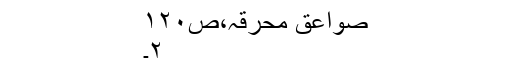
صواعق محرقہ،ص۱۲۰
۲۔